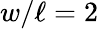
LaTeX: w/\ell=2